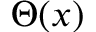
\Theta ( x )